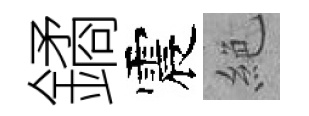
鐍震絶